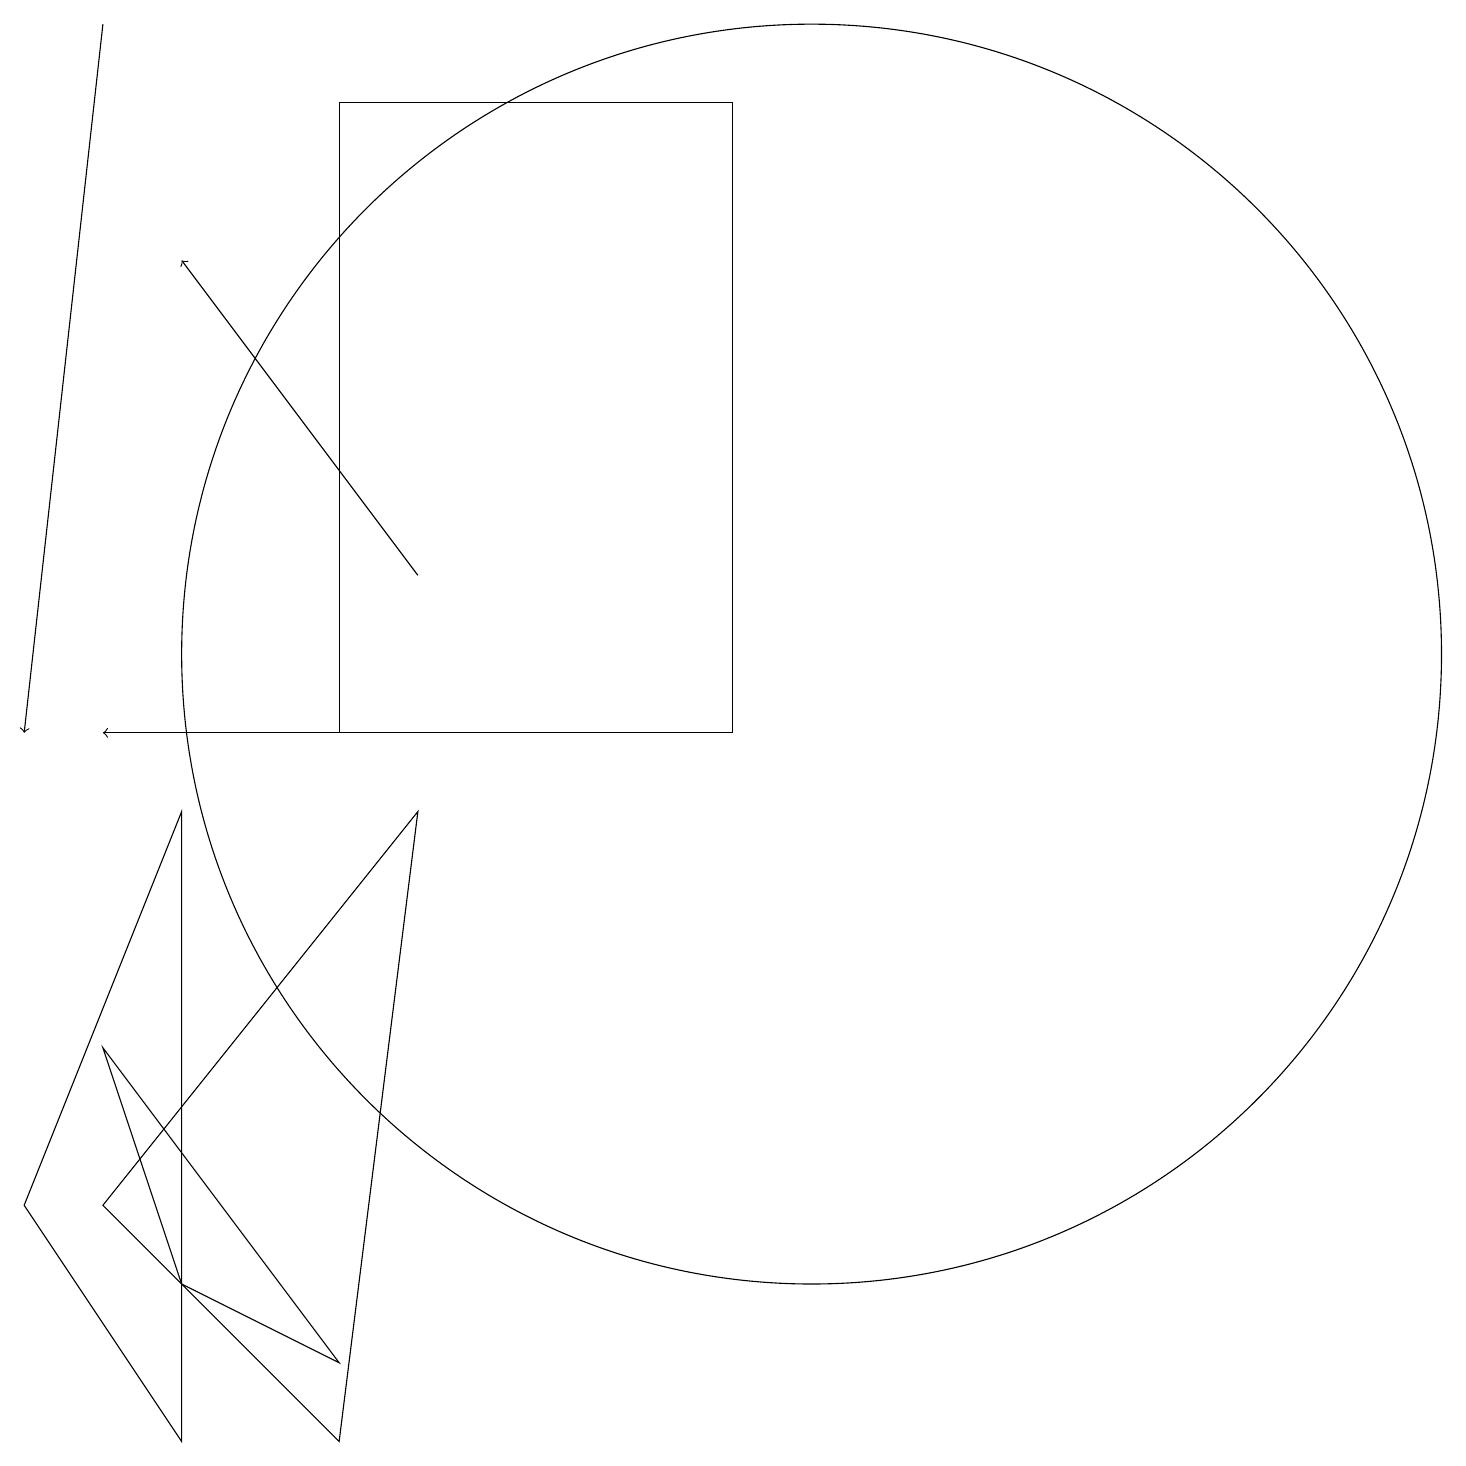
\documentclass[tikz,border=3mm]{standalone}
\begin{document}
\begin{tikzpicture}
\draw (0,4) -- (2,9) -- (2,1) -- cycle;
\draw[->] (5,12) -- (2,16);
\draw[->] (9,10) -- (1,10);
\draw (5,9) -- (1,4) -- (4,1) -- cycle;
\draw (10,11) circle (8);
\draw (4,18) rectangle (9,10);
\draw (2,3) -- (4,2) -- (1,6) -- cycle;
\draw[->] (1,19) -- (0,10);
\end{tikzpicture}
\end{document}